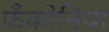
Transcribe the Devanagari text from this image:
फ्रँकोनिया